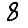
Digit: 8